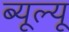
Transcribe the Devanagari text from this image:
ब्यूल्यू